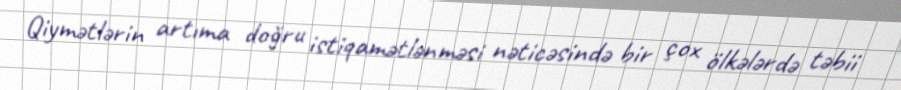
Qiymətlərin artıma doğru istiqamətlənməsi nəticəsində bir çox ölkələrdə təbii